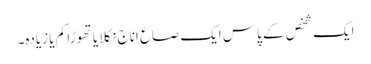
ایک شخص کے پاس ایک صاع اناج نکلا یا تھوڑا کم یا زیادہ۔